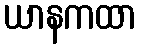
ယာနကထာ